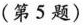
(第5题)